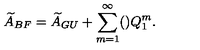
{ \widetilde A } _ { B F } = { \widetilde A } _ { G U } + \sum _ { m = 1 } ^ { \infty } ( ) Q _ { 1 } ^ { m } .